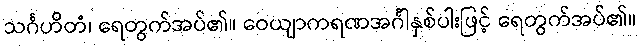
သင်္ဂဟိတံ၊ ရေတွက်အပ်၏။ ဝေယျာကရဏအင်္ဂါနှစ်ပါးဖြင့် ရေတွက်အပ်၏။